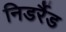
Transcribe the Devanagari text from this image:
निडर्रैड